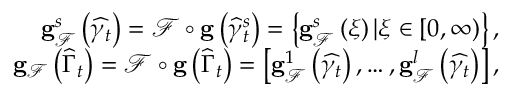
\begin{array} { r } { \mathbf { g } _ { \mathcal { F } } ^ { s } \left( \widehat { \gamma _ { t } } \right) = \mathcal { F } \circ \mathbf { g } \left( \widehat { \gamma } _ { t } ^ { s } \right) = \left\{ \mathbf { g } _ { \mathcal { F } } ^ { s } \left( \xi \right) \vert \xi \in \left[ 0 , \infty \right) \right\} , } \\ { \mathbf { g } _ { \mathcal { F } } \left( \widehat { \Gamma } _ { t } \right) = \mathcal { F } \circ \mathbf { g } \left( \widehat { \Gamma } _ { t } \right) = \left[ \mathbf { g } _ { \mathcal { F } } ^ { 1 } \left( \widehat { \gamma _ { t } } \right) , \ldots , \mathbf { g } _ { \mathcal { F } } ^ { l } \left( \widehat { \gamma _ { t } } \right) \right] , } \end{array}